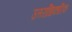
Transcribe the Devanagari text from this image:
उत्तराधिकारिक